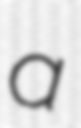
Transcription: a